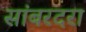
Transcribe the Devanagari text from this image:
सांबरदरा